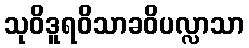
သုဝိဒူရဝိသာခဝိပလ္လာသာ